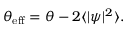
\theta _ { \mathrm { e f f } } = \theta - 2 \langle | \psi | ^ { 2 } \rangle .